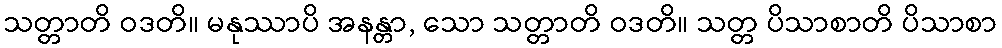
သတ္တာတိ ဝဒတိ။ မနုဿာပိ အနန္တာ, သော သတ္တာတိ ဝဒတိ။ သတ္တ ပိသာစာတိ ပိသာစာ